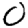
Digit: 0